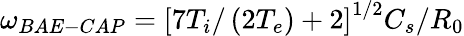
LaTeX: \omega_{BAE-CAP}=\left[7T_{i}/\left(2T_{e}\right)+2\right]^{1/2}C_{s}/R_{0}